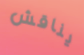
يناقش